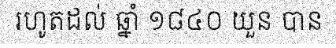
រហូតដល់ ឆ្នាំ ១៨៤០ យួន បាន